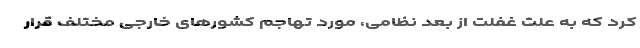
کرد که به علت غفلت از بُعد نظامی، مورد تهاجم کشورهای خارجی مختلف قرار